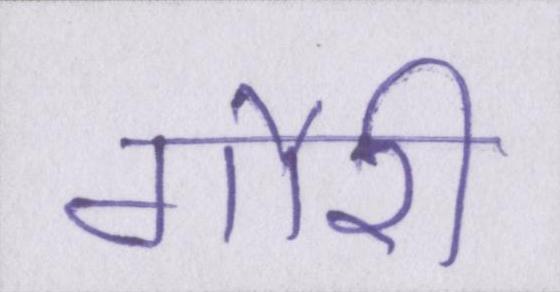
गौरी